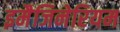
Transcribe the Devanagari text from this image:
इमैजिनेरियम